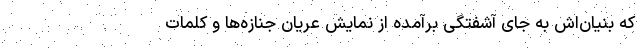
که بنیان‌اش به جای آشفتگیِ برآمده از نمایش عریان جنازه‌ها و کلمات